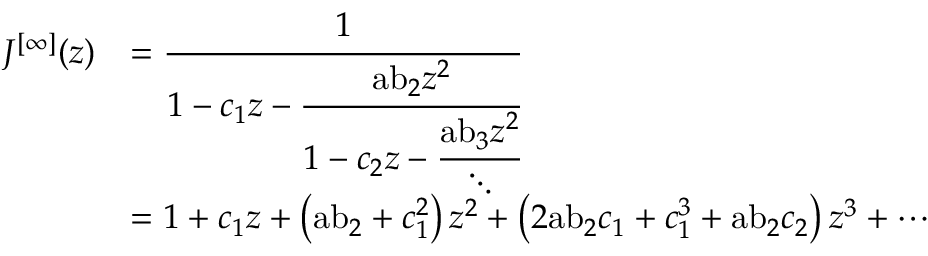
{ \begin{array} { r l } { J ^ { [ \infty ] } ( z ) } & { = { \cfrac { 1 } { 1 - c _ { 1 } z - { \cfrac { { \mathrm { a b } } _ { 2 } z ^ { 2 } } { 1 - c _ { 2 } z - { \cfrac { { \mathrm { a b } } _ { 3 } z ^ { 2 } } { \ddots } } } } } } } \\ & { = 1 + c _ { 1 } z + \left( { \mathrm { a b } } _ { 2 } + c _ { 1 } ^ { 2 } \right) z ^ { 2 } + \left( 2 { \mathrm { a b } } _ { 2 } c _ { 1 } + c _ { 1 } ^ { 3 } + { \mathrm { a b } } _ { 2 } c _ { 2 } \right) z ^ { 3 } + \cdots } \end{array} }